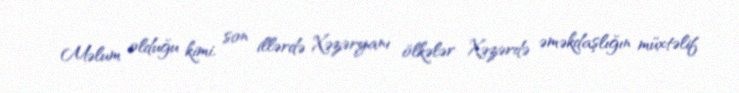
Məlum olduğu kimi, son illərdə Xəzəryanı ölkələr Xəzərdə əməkdaşlığın müxtəlif